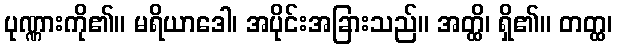
ပုဏ္ဏားကို၏။ မရိယာဒေါ၊ အပိုင်းအခြားသည်။ အတ္ထိ၊ ရှိ၏။ တတ္ထ၊